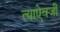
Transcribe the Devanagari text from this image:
त्याऐवजीं